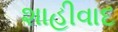
શાહીવાદ